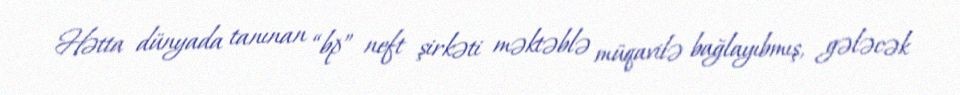
Hətta dünyada tanınan “bp” neft şirkəti məktəblə müqavilə bağlayıbmış, gələcək